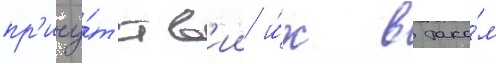
пр'ису́тств'ии и́х в тако́м